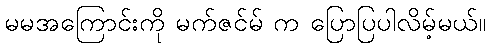
မမအကြောင်းကို မက်ဇင်မ် က ပြောပြပါလိမ့်မယ်။